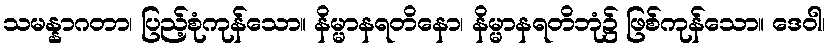
သမန္နာဂတာ၊ ပြည့်စုံကုန်သော။ နိမ္မာနရတိနော၊ နိမ္မာနရတိဘုံ၌ ဖြစ်ကုန်သော။ ဒေဝါ၊